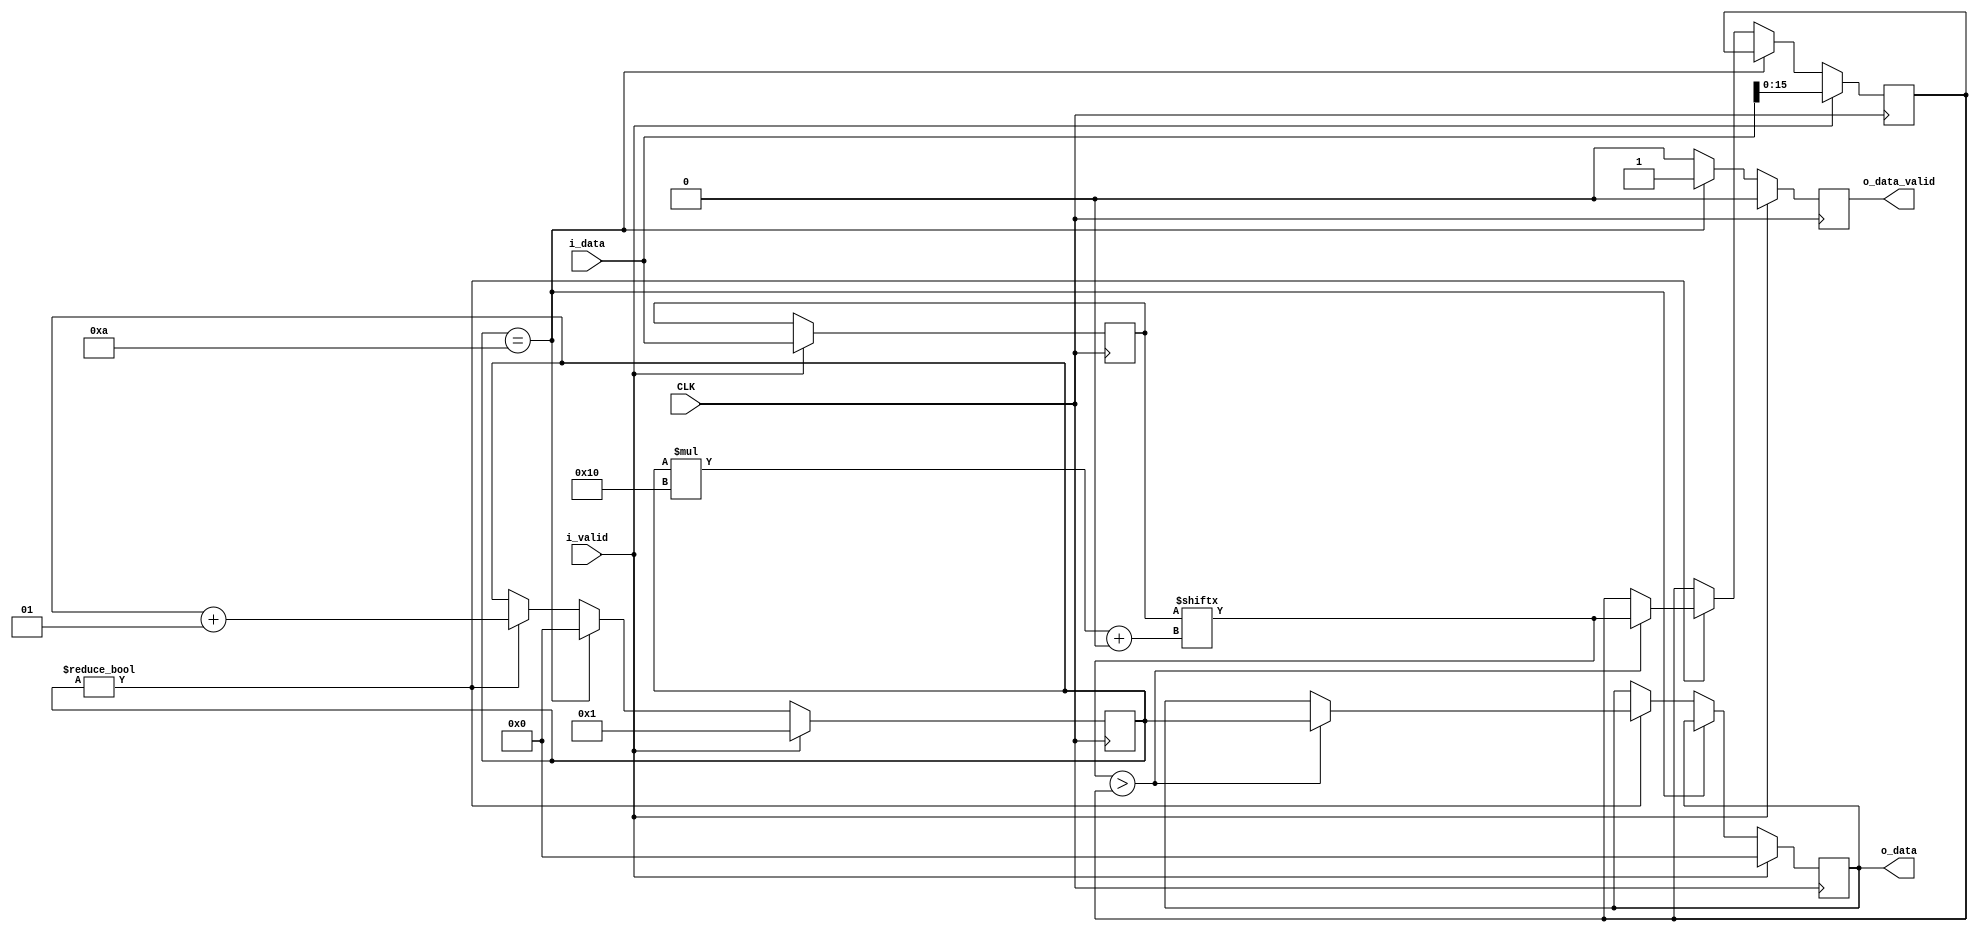
module maxFinder #(parameter numInput=10,parameter inputWidth=16) (
    input                               CLK,
    input [(numInput*inputWidth)-1:0]   i_data,
    input                               i_valid,
    output reg [31:0]                   o_data,
    output  reg                         o_data_valid
);

reg [inputWidth-1:0] maxValue;
reg [(numInput*inputWidth)-1:0] inDataBuffer;
integer counter;

always @(posedge CLK) begin
    o_data_valid <= 1'b0;
    if (i_valid) begin
        maxValue <= i_data[inputWidth-1:0];
        counter <= 1;
        inDataBuffer <= i_data;
        o_data <= 0;
    end else if(counter == numInput) begin
        counter <= 0;
        o_data_valid <= 1'b1;
    end else if(counter != 0) begin
        counter <= counter + 1;
        if(inDataBuffer[counter*inputWidth+:inputWidth] > maxValue) begin
            maxValue <= inDataBuffer[counter*inputWidth+:inputWidth];
            o_data <= counter;
        end
    end
end

endmodule